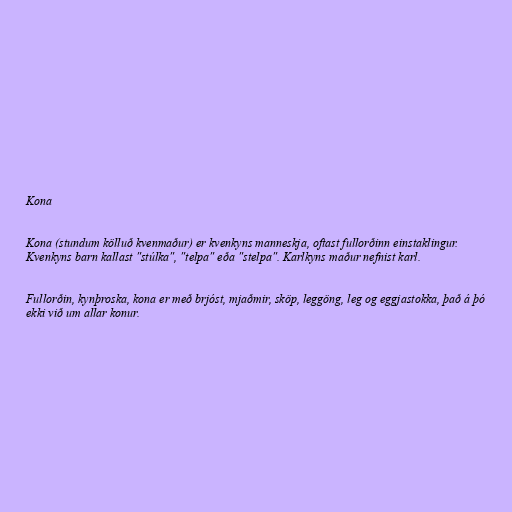
Kona

Kona (stundum kölluð kvenmaður) er kvenkyns manneskja, oftast fullorðinn einstaklingur.
Kvenkyns barn kallast "stúlka", "telpa" eða "stelpa". Karlkyns maður nefnist karl.

Fullorðin, kynþroska, kona er með brjóst, mjaðmir, sköp, leggöng, leg og eggjastokka, það á þó
ekki við um allar konur.